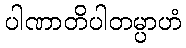
ပါဏာတိပါတမ္ပာဟံ